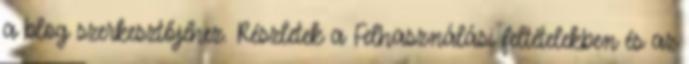
a blog szerkesztőjéhez. Részletek a Felhasználási feltételekben és az